Martna_vallavalitsus, lk 5
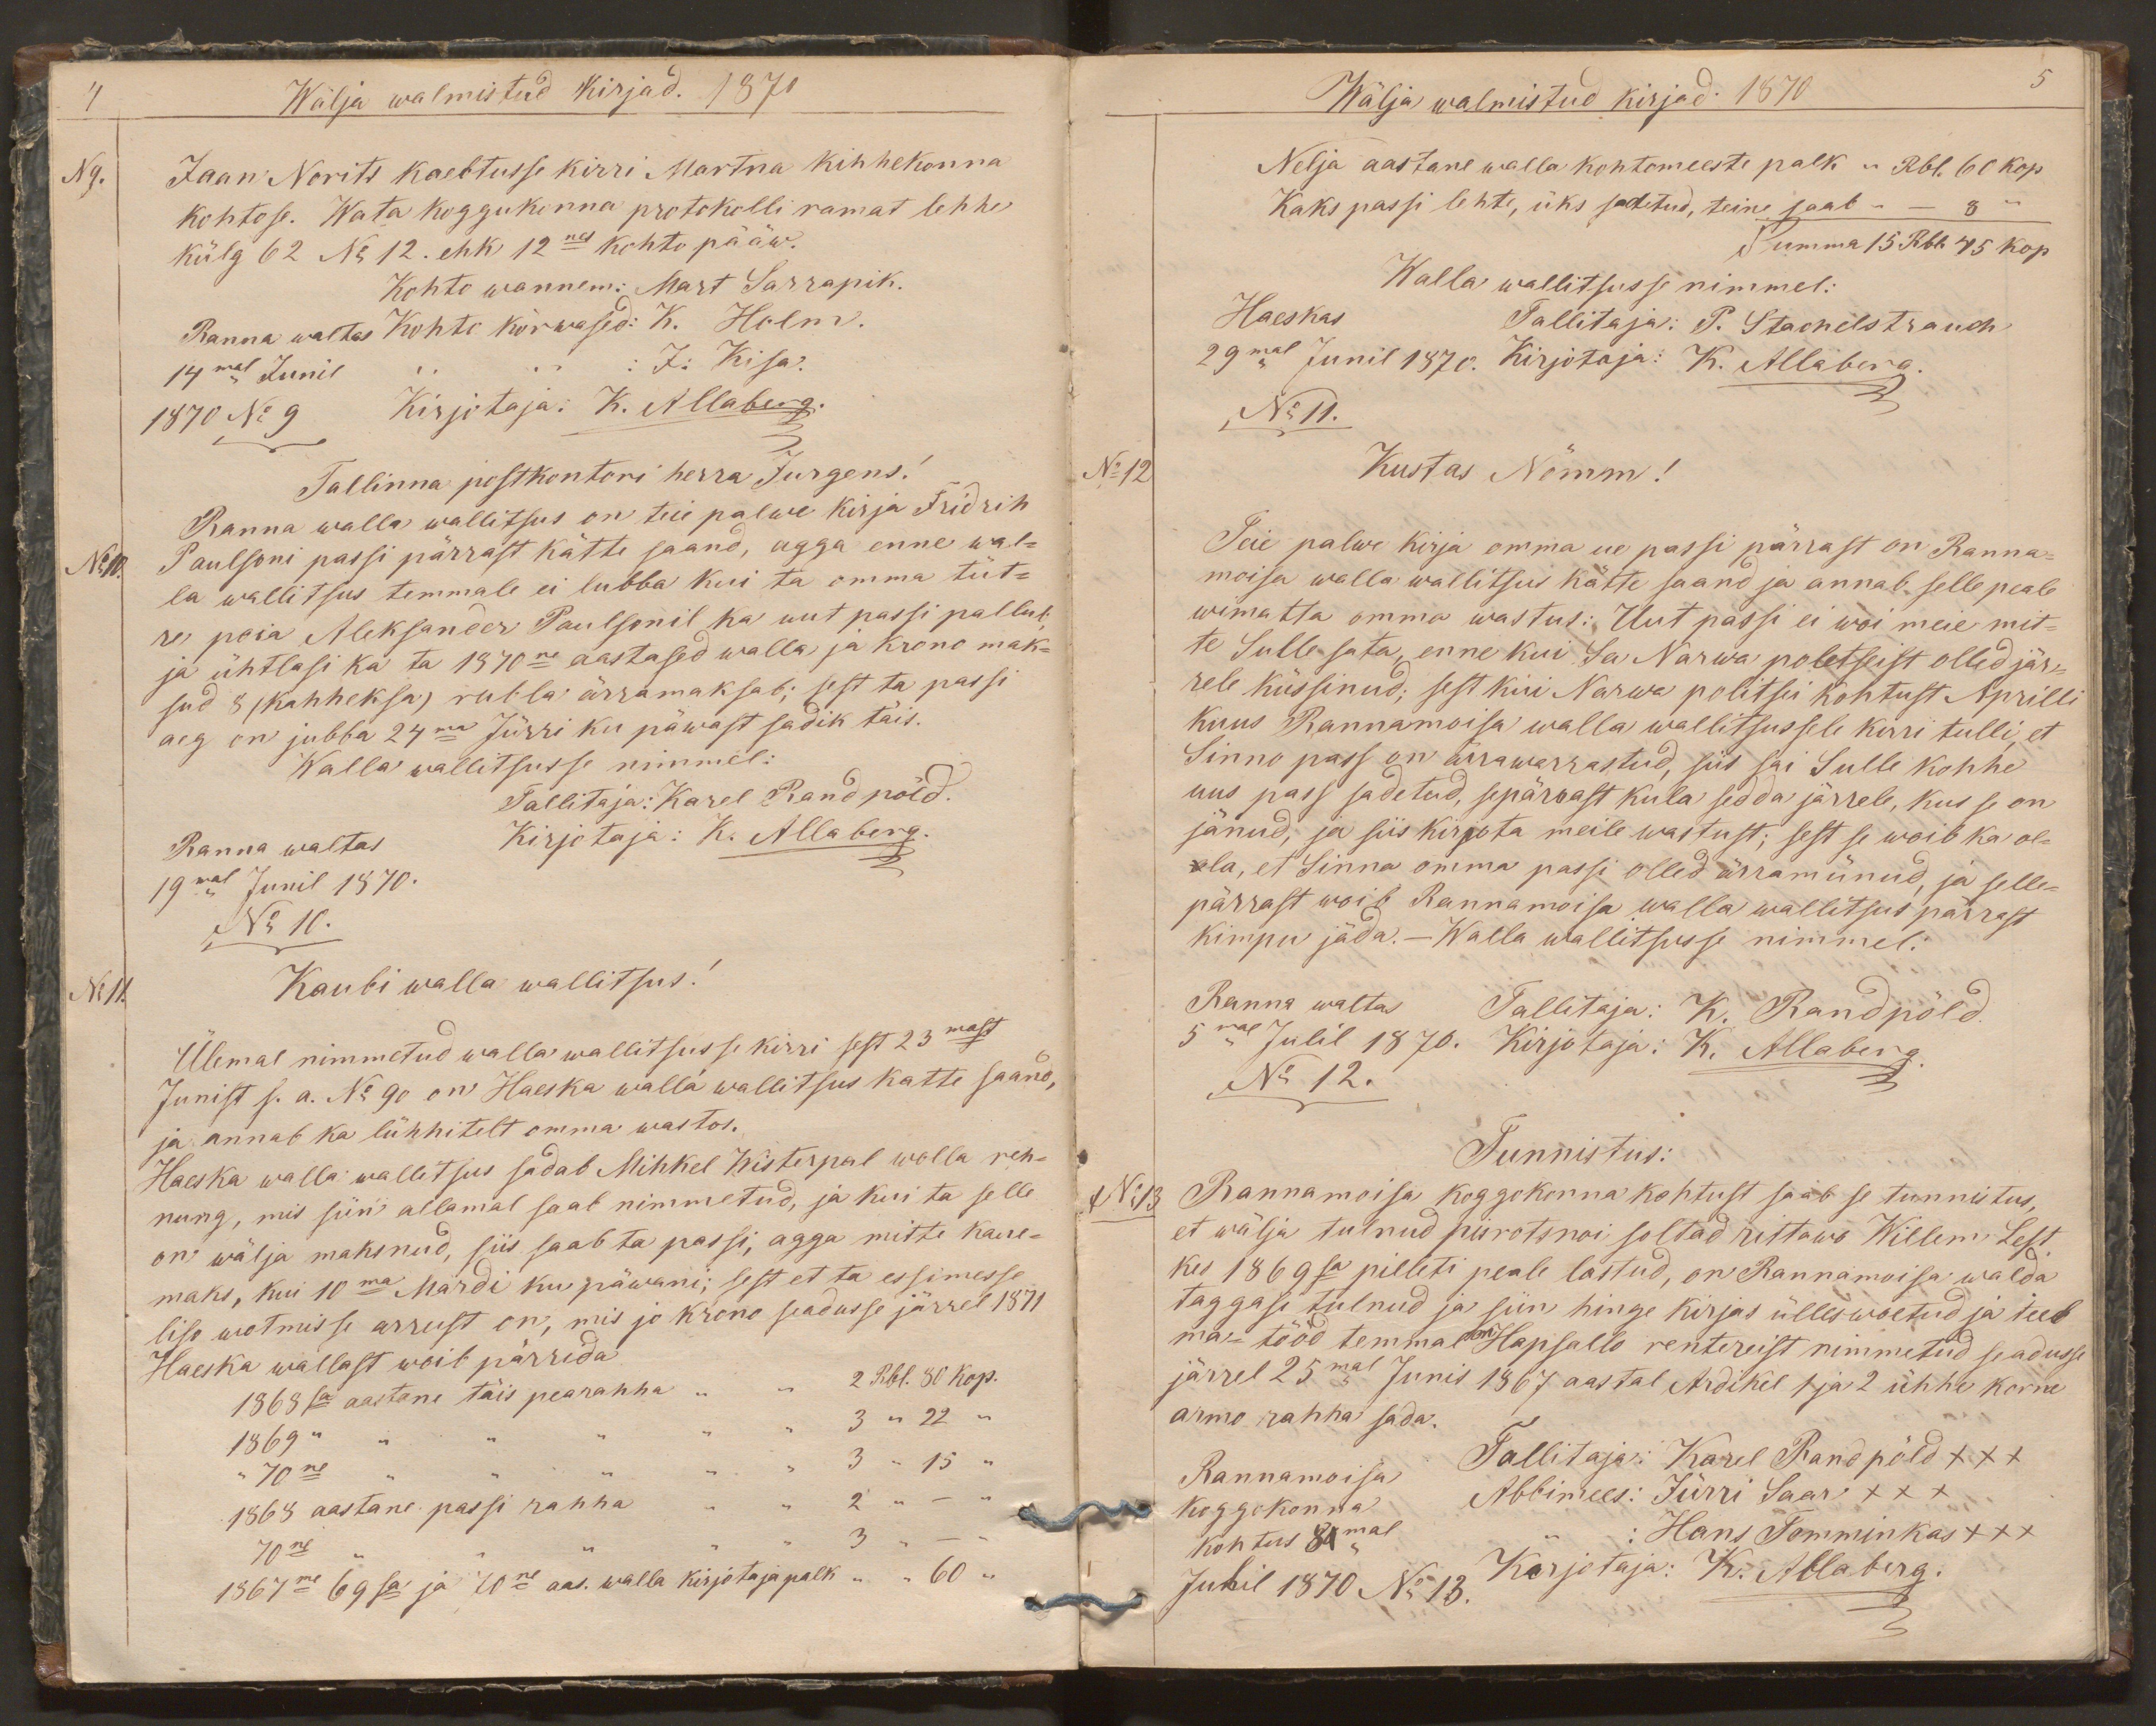
Wälja walmistud kirjad. 1870
N9.
Jaan Norits kaebtusse kirri Martna kihhekonna
kohtose. Wata koggukonna protokolli ramat lehhe
külg 62 No 12. ehk 12nes kohto pääw.
Kohto wannem: Mart Sarrapik.
Ranna waltas
Kohto kõrwased: K. Holm.
14mal Junil
J. Kisa.
1870 No 9
Kirjotaja: K. Allaberg.
Tallinna postkontori herra Jurgens!
Ranna walla wallitsus on teie palwe kirja Fridrih
No 10.
Paulsoni passi pärrast kätte saand, agga enne wal-
la wallitsus temmale ei lubba kui ta omma tüt-
re poia Aleksander Paulsonil ka uut passi pallub
ja ühtlasi ka ta 1870ne aastased walla ja krono mak-
sud 8 (kahheksa) rubla ärramaksab; sest ta passi
aeg on jubba 24ma Jürri ku päwast sadik täis.
Walla wallitsusse nimmel:
Tallitaja: Karel Randpõld.
Ranna waltas
Kirjotaja: K. Allaberg.
19mal Junil 1870.
No 10.
No 11.
Kaubi walla wallitsus!
Ülemal nimmetud walla wallitsusse kirri sest 23mast
Junist s. a. No 90 on Haeska walla wallitsus katte saand,
ja annab ka lühhitelt omma wastos.
Haeska walla wallitsus sadab Mihkel Wisterpal walla reh-
nung, mis siin allamal saab nimmetud, ja kui ta selle
on wälja maksnud, siis saab ta passi, agga mitte kaue-
maks, kui 10ma Märdi ku päwani; sest et ta essimesse
liso wotmisse arrust on, mis jo krono seadusse järrel 1871
Haeska wallast woib pärrida.
1968sa aastane täis pearahha " " 2 Rbl. 80 kop.
1869" " " " " " "  3 " 22 "
"70ne " " " " " 3 " 15 "
1868 aastane passi rahha " " 2 " - "
70ne " " " " " 3 " - "
1867me 6 sa ja 70ne aas. walla kirjotaja palk " " 60 "

Wälja walmistud kirjad. 1870
5
Nelja aastane walla kohtomeeste palk " Rbl. 60 kop
Kaks passi lehte, üks sadetud, teine saab " - 8 "
Summa 15 Rbl. 45 kop
Walla wallitsusse nimmel:
Haeskas
Tallitaja: P. Stachelstrauch
29mal Junil 1870.
Kirjotaja: K. Allaberg
No 11.
No 12
Kustas Nõmm!
Teie palwe kirja omma ue passi pärrast on Ranna-
moisa walla wallitsus kätte saand ja annab selle peale
wimatta omma wastus: Uut passi ei woi meie mit-
te Sulle sata, enne kui Sa Narwa poletseist olled jär-
rele küssinud; sest kui Narwa politsei kohtust Aprilli
kuus Rannamoisa walla wallitsussele kirri tulli, et
Sinno pass on ärrawarrastud, siis sai Sulle kohhe
uus pass sadetud, sepärrast kula sedda järrele, kus se on
jänud, ja siis kirjota meile wastust; sest se woib ka ol-
ala, et Sinna omma passi olled ärramünud, ja selle-
pärrast woib Rannamoisa walla wallitsus pärrast
kimpu jäda. - Walla wallitsusse nimmel:
Ranna waltas
Tallitaja: K. Randpõld.
5mal Julil 1870.
Kirjotaja: K. Allaberg
No 12.
Tunnistus:
No13
Rannamoisa koggokonna kohtust saab se tunnistus
et wälja tulnud pisrotsnoi soltad rittawo Willem Lest
kes 1869sa pilleti peale lastud, on Rannamoisa walda
taggasi tulnud ja siin hinge kirjas ülleswoetud ja teeb
ma-tööd temmal on Hapsallo rentereist nimmetud seadusse
järrel 25mal Junis 1867 aastal Ardikel 1 ja 2 ühhe korne
armo rahha sada.
Rannamoisa
Tallitaja: Karel Randpõld xxx
koggokonna
Abbimees: Jürri Saar xxx
kohtus 8mal
" : Hans Tomminkas xxx
Julil 1870 No 13.
Kirjotaja: K. Allaberg.